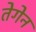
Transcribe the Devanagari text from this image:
तेगेन